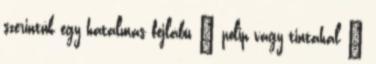
szerintük egy hatalmas fejlábú – polip vagy tintahal –